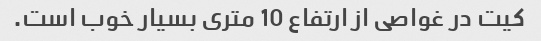
کیت در غواصی از ارتفاع 10 متری بسیار خوب است.